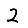
Digit: 2